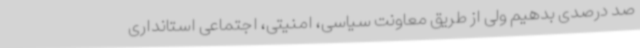
صد درصدی بدهیم ولی از طریق معاونت سیاسی، امنیتی، اجتماعی استانداری